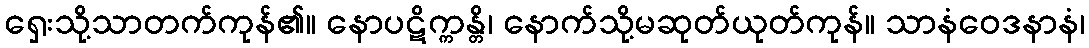
ရှေးသို့သာတက်ကုန်၏။ နောပဋိက္ကန္တိ၊ နောက်သို့မဆုတ်ယုတ်ကုန်။ သာနံဝေဒနာနံ၊